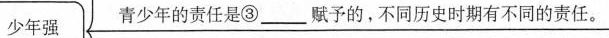
少年强青少年的责任是③____赋予的，不同历史时期有不同的责任___。